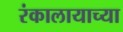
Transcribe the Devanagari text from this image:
रंकालायाच्या